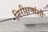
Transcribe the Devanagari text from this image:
निरीक्षणांशी